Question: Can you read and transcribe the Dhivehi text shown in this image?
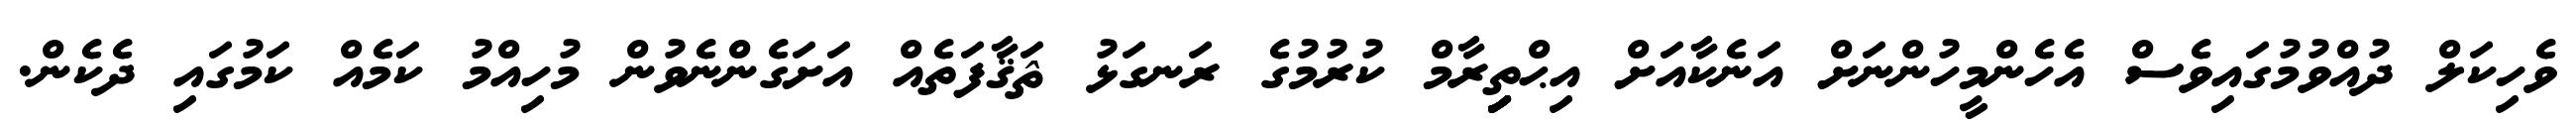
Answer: ވެހިކަލް ދުއްވުމުގައިވެސް އެހެންމީހުންނަށް އަނެކާއަށް އިޙްތިިިިިިރާމް ކުރުމުގެ ރަނގަޅު ޘަޤާފަތެއް އަށަގެންނެވުން މުހިއްމު ކަމެއް ކަމުގައި ދެކެން.